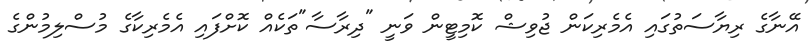
އޭނާގެ ރިޔާސަތުގައި އެމެރިކަން ޖުވިޝް ކޮމިޓީން ވަނީ "ދިރާސާ"ތަކެއް ކޮށްފައި އެމެރިކާގެ މުސްލިމުންގެ